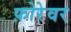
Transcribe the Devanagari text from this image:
फ़ोरेवर